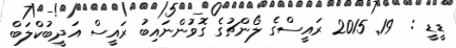
ޑީޑީ :  19